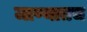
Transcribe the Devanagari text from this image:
जाण्यातच